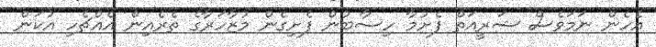
އެހެން ނަމަވެސް ޝަރީއަތް ފެށުމާ ހިސާބުން ފެށިގެން މުޒާހަރާގެ ތެރެއިން އެއްޗެހި އުކަން